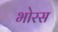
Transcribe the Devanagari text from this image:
भोरस